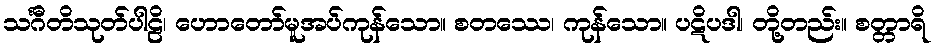
သင်္ဂီတိသုတ်ပါဠိ၊ ဟောတော်မူအပ်ကုန်သော။ စတဿေ၊ ကုန်သော။ ပဋိပဒါ၊ တို့တည်း။ စတ္တာရိ